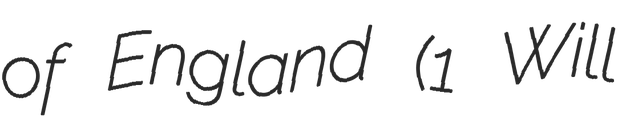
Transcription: of England (1 Will